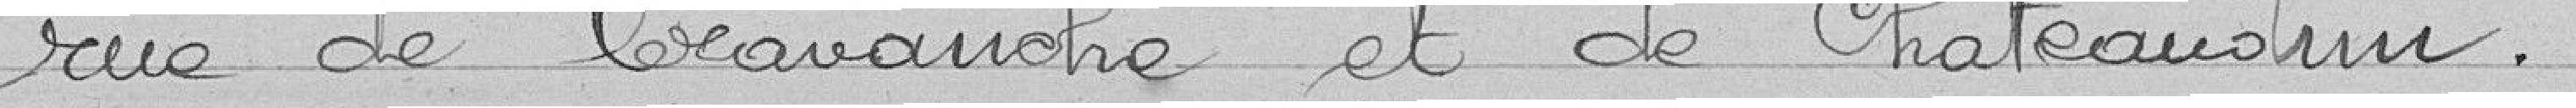
rue de Cravanche et de Châteaudun.